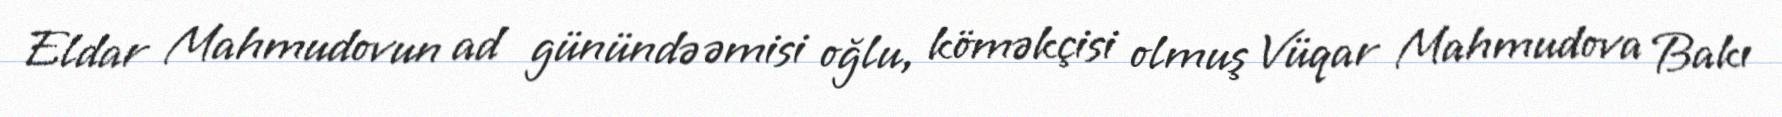
Eldar Mahmudovun ad günündə əmisi oğlu, köməkçisi olmuş Vüqar Mahmudova Bakı